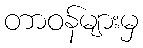
တာဝန်များမှ